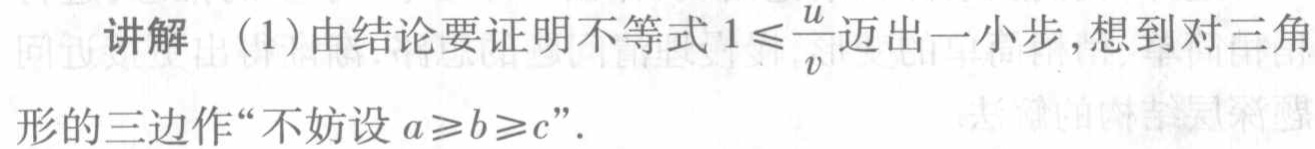
讲解（1）由结论要证明不等式\(1\leqslant\frac{u}{v}\)迈出一小步，想到对三角
形的三边作“不妨设\(a\geqslant b\geqslant c\)”．